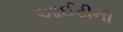
આઈટીની